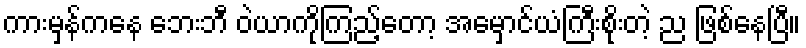
ကားမှန်ကနေ ဘေးဘီ ဝဲယာကိုကြည့်တော့ အမှောင်ယံကြီးစိုးတဲ့ ည ဖြစ်နေပြီ။